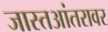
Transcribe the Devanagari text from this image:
जास्तआंतरावर